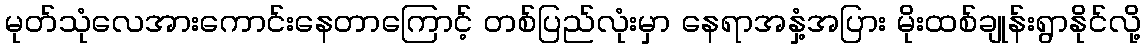
မုတ်သုံလေအားကောင်းနေတာကြောင့် တစ်ပြည်လုံးမှာ နေရာအနှံ့အပြား မိုးထစ်ချုန်းရွာနိုင်လို့